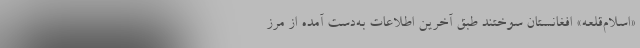
«اسلام‌قلعه» افغانستان سوختند طبق آخرین اطلاعات به‌دست آمده از مرز